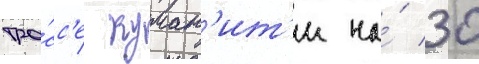
тра́сс'е куман'ит'и на́ 30